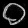
Digit: ၀